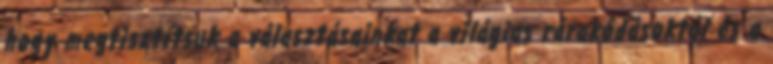
hogy megtisztítsuk a választásainkat a világias rárakódásoktól és a